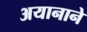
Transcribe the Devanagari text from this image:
अयानाने